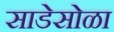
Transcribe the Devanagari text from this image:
साडेसोळा